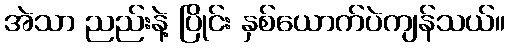
အဲသာ ညည်းနဲ့ ပြိုင်း နှစ်ယောက်ပဲကျန်သယ်။